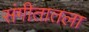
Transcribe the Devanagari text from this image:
संगीतातला